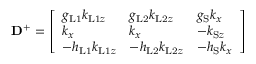
\mathbf { D } ^ { + } = \left[ \begin{array} { l l l } { g _ { \mathrm { L 1 } } k _ { \mathrm { L 1 } z } } & { g _ { \mathrm { L 2 } } k _ { \mathrm { L 2 } z } } & { g _ { \mathrm { S } } k _ { x } } \\ { k _ { x } } & { k _ { x } } & { - k _ { \mathrm { S } z } } \\ { - h _ { \mathrm { L 1 } } k _ { \mathrm { L 1 } z } } & { - h _ { \mathrm { L 2 } } k _ { \mathrm { L 2 } z } } & { - h _ { \mathrm { S } } k _ { x } } \end{array} \right]